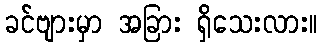
ခင်ဗျားမှာ အခြား ရှိသေးလား။